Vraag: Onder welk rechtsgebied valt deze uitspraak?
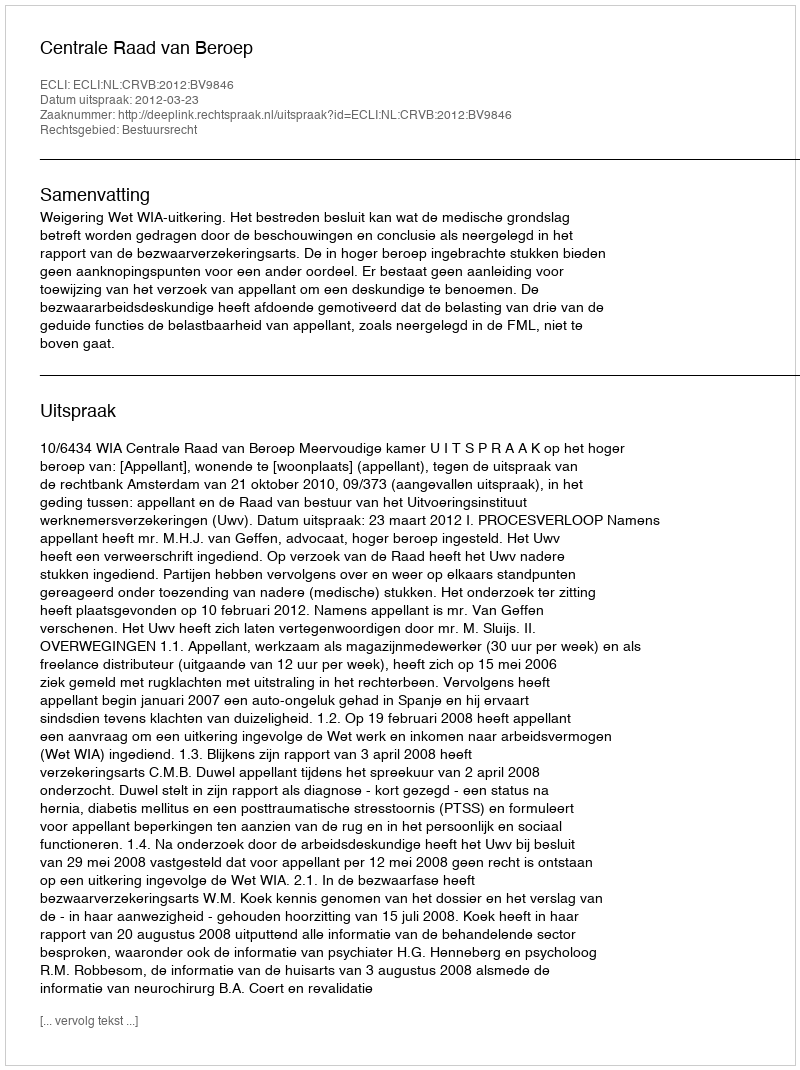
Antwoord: Bestuursrecht